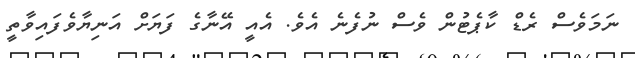
ނަމަވެސް ރެޑް ކާޕެޓުން ވެސް ނުފެނެ އެވެ. އެއީ އޭނާގެ ފަޔަށް އަނިޔާވެފައިވާތީ